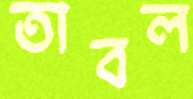
তাবল